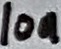
Text: 10n